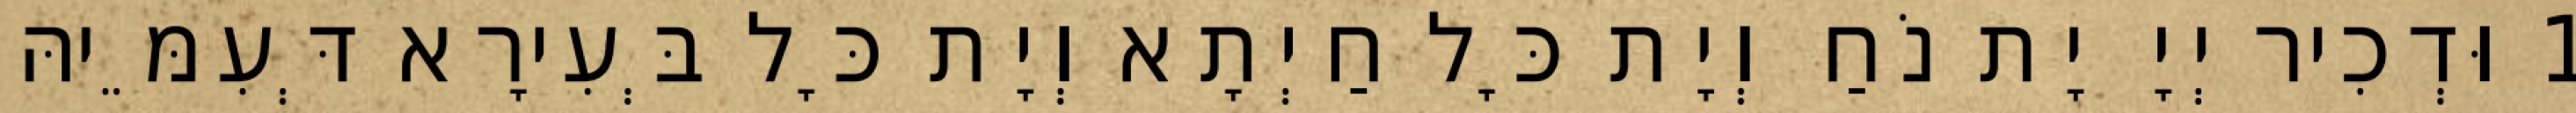
1 וּדְכִיר יְיָ יָת נֹחַ וְיָת כָּל חַיְתָא וְיָת כָּל בְּעִירָא דְּעִמֵּיהּ